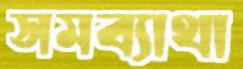
সমব্যাথা